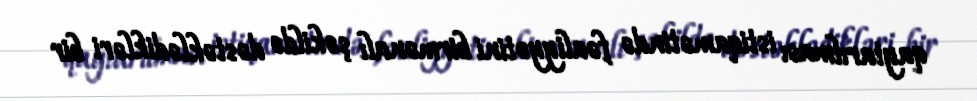
qaytarılması istiqamətində fəaliyyətini birmənalı şəkildə dəstəklədikləri bir